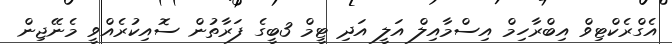
އެގްރެކްޓިވް އިބްރާހިމް އިސްމާއިލް އަލީ އަދި ޓީމް 3ބީގެ ފަރާތުން ސޮއިކުރެއްވީ މެނޭޖިން